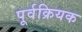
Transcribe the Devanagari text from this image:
पूर्वक्रियक